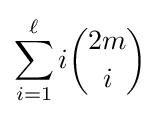
\sum _{i=1}^{\ell }i{\binom {2m}{i}}